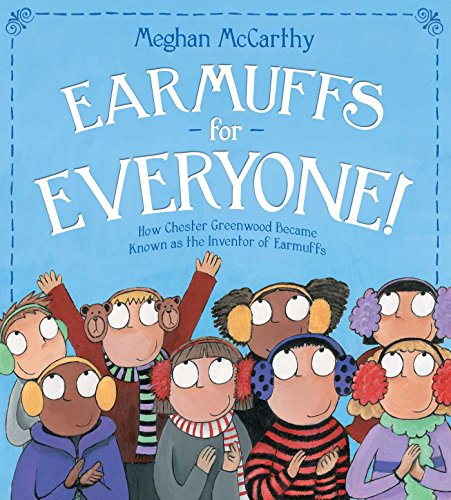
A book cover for Earmuffs for Everyone!: How Chester Greenwood Became Known as the Inventor of Earmuffs; Meghan McCarthy; Children's Books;